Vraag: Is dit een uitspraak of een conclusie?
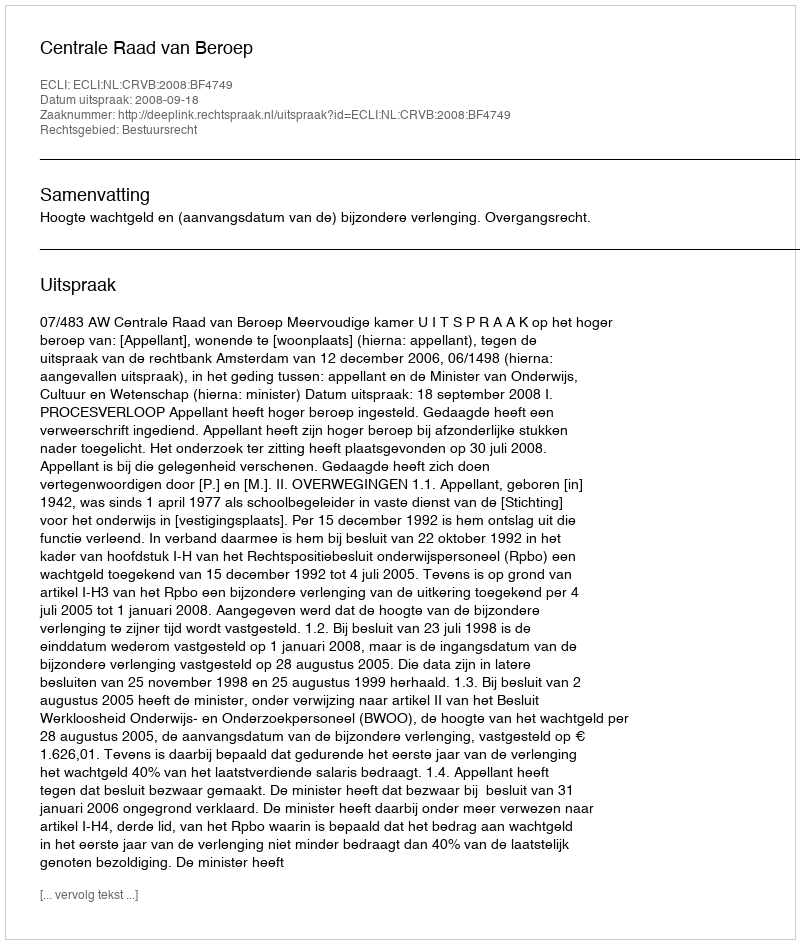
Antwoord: Uitspraak